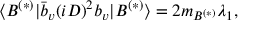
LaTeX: \langle B ^ { ( * ) } \vert \bar { b } _ { v } ( i D ) ^ { 2 } b _ { v } \vert B ^ { ( * ) } \rangle = 2 m _ { B ^ { ( * ) } } \lambda _ { 1 } , \nonumber